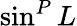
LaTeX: \sin^{P}L